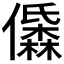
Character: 𱏝